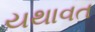
યથાવત